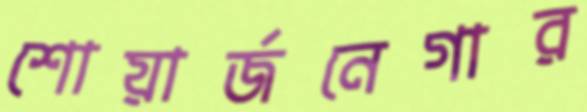
শোয়ার্জনেগার